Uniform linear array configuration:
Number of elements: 64
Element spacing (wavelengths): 0.75
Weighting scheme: hann
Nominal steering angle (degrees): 30
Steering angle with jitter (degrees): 31.273
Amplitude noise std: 0.05
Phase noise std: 0.05

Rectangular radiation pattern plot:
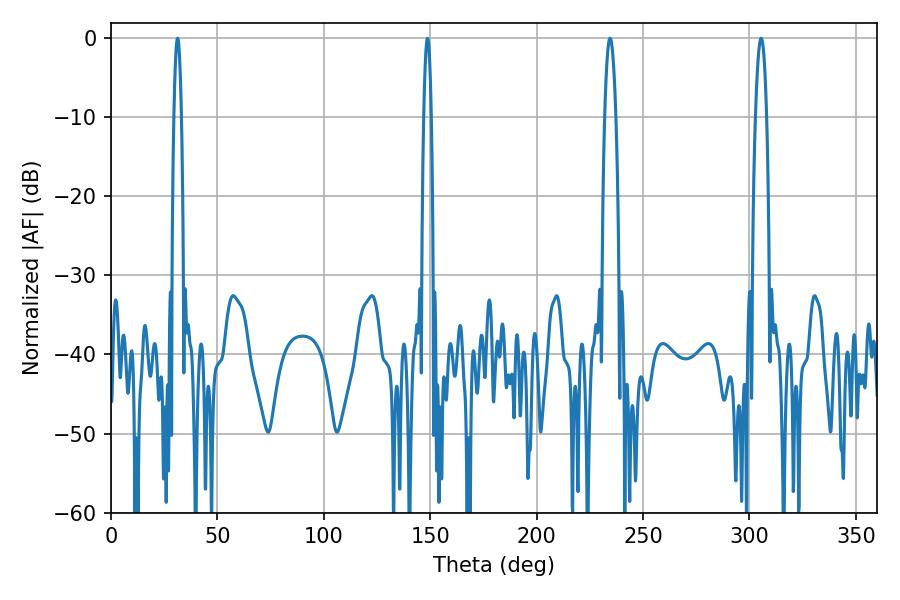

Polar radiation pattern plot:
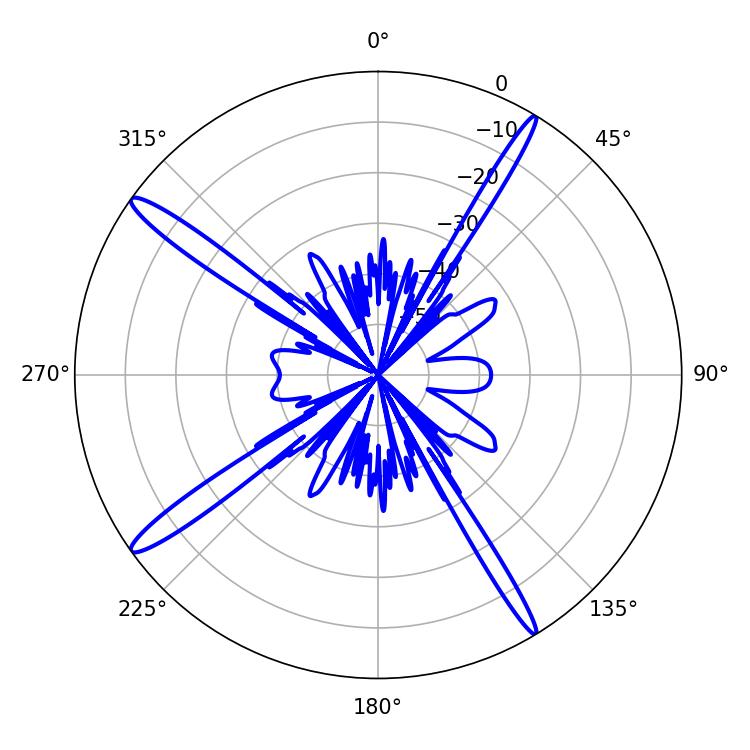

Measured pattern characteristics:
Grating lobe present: TRUE
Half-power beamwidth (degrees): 2.88
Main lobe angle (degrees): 305.46